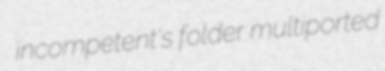
incompetent's folder multiported